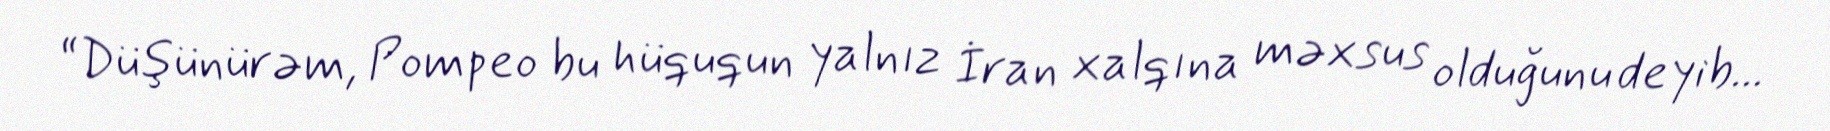
“Düşünürəm, Pompeo bu hüququn yalnız İran xalqına məxsus olduğunu deyib...